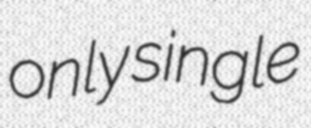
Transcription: only single